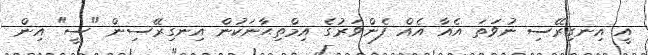
އީ އިނގިރޭސި ނުވަތަ އެއާ އެއް ފެންވަރުގެ އިމްތިޙާނަކުން އިނގިރޭސިން "ސީ" އިން